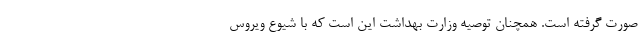
صورت گرفته است. همچنان توصیه وزارت بهداشت این است که با شیوع ویروس